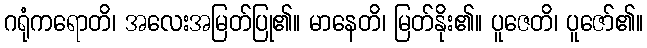
ဂရုံကရောတိ၊ အလေးအမြတ်ပြု၏။ မာနေတိ၊ မြတ်နိုး၏။ ပူဇေတိ၊ ပူဇော်၏။